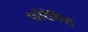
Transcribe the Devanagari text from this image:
फोरैमिना